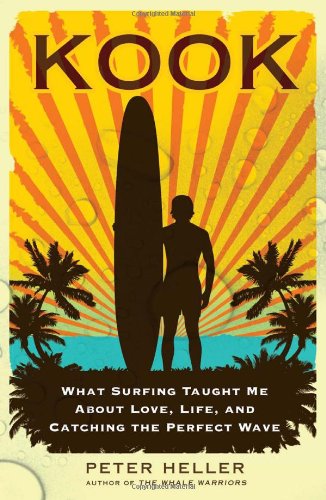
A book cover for Kook: What Surfing Taught Me About Love, Life, and Catching the Perfect Wave; Peter Heller; Science & Math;